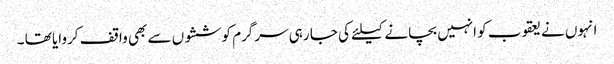
انہوں نے یعقوب کو انہیں بچانے کیلئے کی جا رہی سرگرم کوششوں سے بھی واقف کروایا تھا ۔